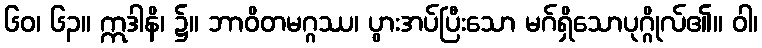
၆၀၊ ၆၃။ ဣဒါနိ၊ ၌။ ဘာဝိတမဂ္ဂဿ၊ ပွားအပ်ပြီးသော မဂ်ရှိသောပုဂ္ဂိုလ်၏။ ဝါ၊